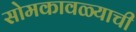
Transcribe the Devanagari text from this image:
सोमकावळ्याची